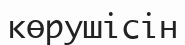
көрушісін